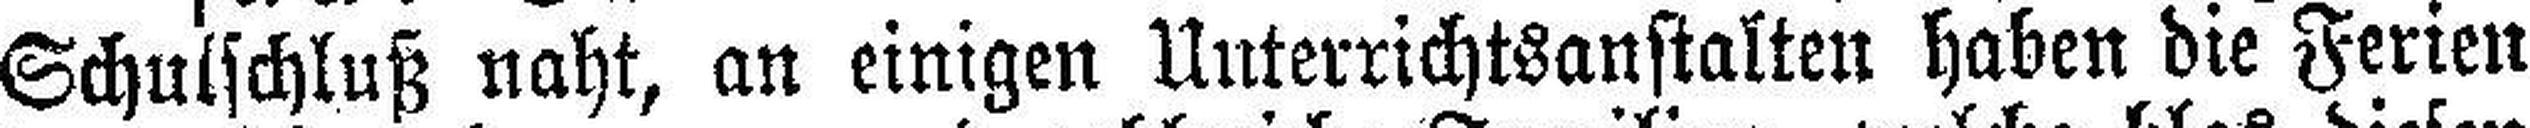
Schulschluß naht, an einigen Unterrichtsanstalten haben die Ferien